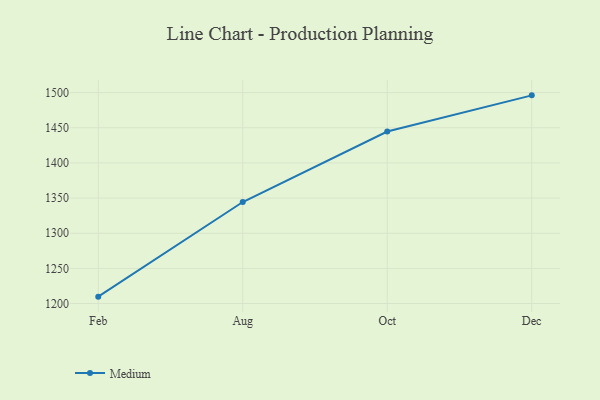
{"axis": {"x": "Month", "y": "Website Visitors"}, "legend": ["Medium"], "data": [{"x": "Feb", "y": 1209.8, "type": "Medium"}, {"x": "Aug", "y": 1344.4, "type": "Medium"}, {"x": "Oct", "y": 1444.7, "type": "Medium"}, {"x": "Dec", "y": 1496.1, "type": "Medium"}]}